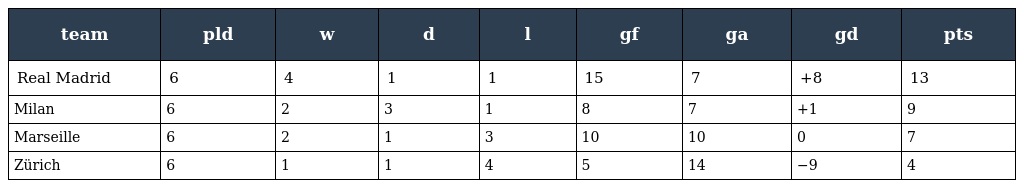
| team | pld | w | d | l | gf | ga | gd | pts |
 | --- | --- | --- | --- | --- | --- | --- | --- | --- |
 | Real Madrid | 6 | 4 | 1 | 1 | 15 | 7 | +8 | 13 |
 | Milan | 6 | 2 | 3 | 1 | 8 | 7 | +1 | 9 |
 | Marseille | 6 | 2 | 1 | 3 | 10 | 10 | 0 | 7 |
 | Zürich | 6 | 1 | 1 | 4 | 5 | 14 | −9 | 4 |